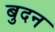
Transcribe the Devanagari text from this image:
बुदन